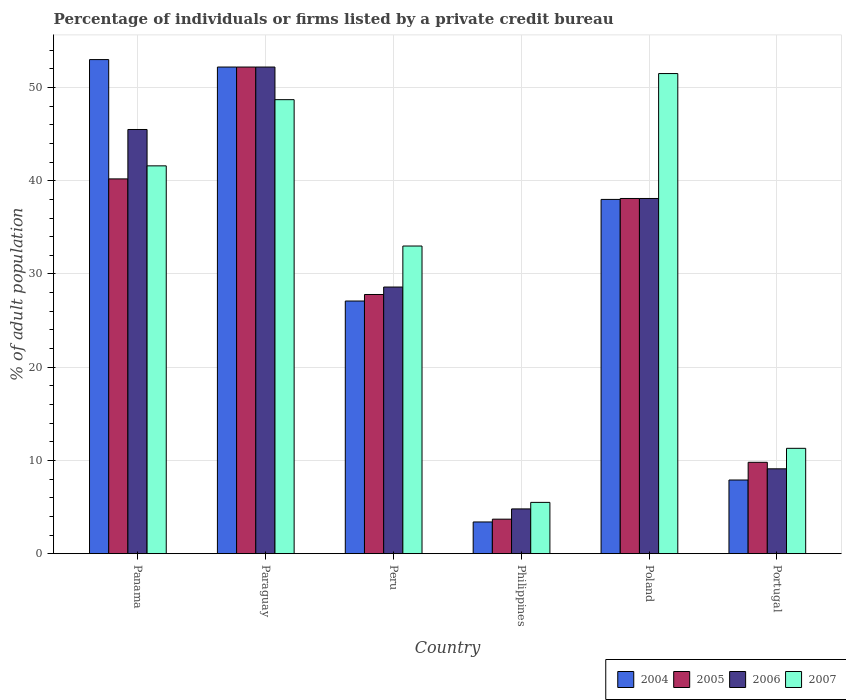
| Country | 2004 | 2005 | 2006 | 2007 |
 | --- | --- | --- | --- | --- |
 | Panama | 53 | 40.2 | 45.5 | 41.6 |
 | Paraguay | 52.2 | 52.2 | 52.2 | 48.7 |
 | Peru | 27.1 | 27.8 | 28.6 | 33 |
 | Philippines | 3.4 | 3.7 | 4.8 | 5.5 |
 | Poland | 38 | 38.1 | 38.1 | 51.5 |
 | Portugal | 7.9 | 9.8 | 9.1 | 11.3 |